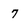
Character: 7